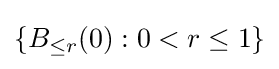
\{B_{\leq r}(0):0<r\leq 1\}